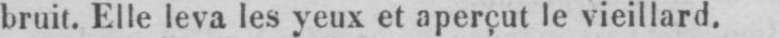
bruit. Elle leva les yeux et aperçut le vieillard.